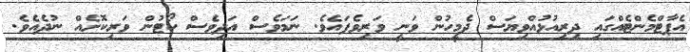
އެޕާޓްމެންޓެއްގައި ދިރިއުޅުއްވިޔަސް ދެމީހުން ވަނީ ވަރިވެފައެވެ. ނަމަވެސް އަދިވެސް ކޯޓުން ވަރިކޮށެއް ނުދެއެވެ.